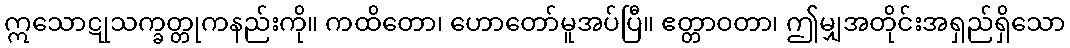
ဣသောဋုသက္ခတ္တုကနည်းကို။ ကထိတော၊ ဟောတော်မူအပ်ပြီ။ ဧတ္တာဝတာ၊ ဤမျှအတိုင်းအရှည်ရှိသော